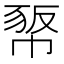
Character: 𢃻